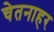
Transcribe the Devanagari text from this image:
चेतनाहर